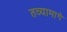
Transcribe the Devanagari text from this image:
तव्यामागे